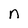
Character: n